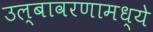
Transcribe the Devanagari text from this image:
उल्बावरणामध्ये